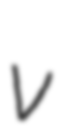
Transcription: v